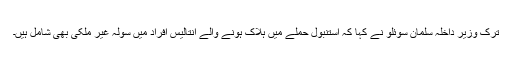
ترک وزیر داخلہ سلمان سوئلو نے کہا کہ استنبول حملے میں ہلاک ہونے والے انتالیس افراد میں سولہ غیر ملکی بھی شامل ہیں۔